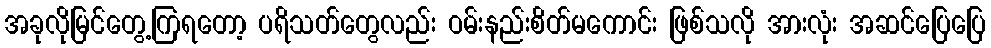
အခုလိုမြင်တွေ့ကြရတော့ ပရိသတ်တွေလည်း ဝမ်းနည်းစိတ်မကောင်း ဖြစ်သလို အားလုံး အဆင်ပြေပြေ